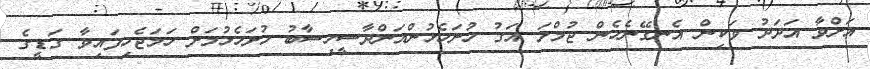
އަށްވާ އަދަދު ވަކިން އެނގޭނެހެން ޖުމްލަ އަގު ހުށަހެޅުންއަންދާސީހިސާބު ހުށަހެޅުމަށް ހަމަޖެހިފައިވާ ގަޑީގެ